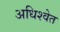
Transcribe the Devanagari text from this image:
अधिश्वेत